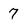
Character: 7